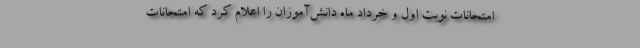
امتحانات نوبت اول و خرداد ماه دانش‌آموزان را اعلام کرد که امتحانات